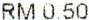
RM 0.50